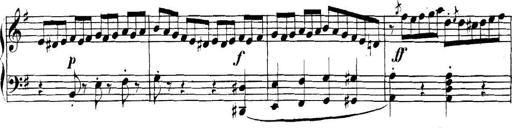
Title: Collected Piano Sonatas
Composer: Muzio Clementi